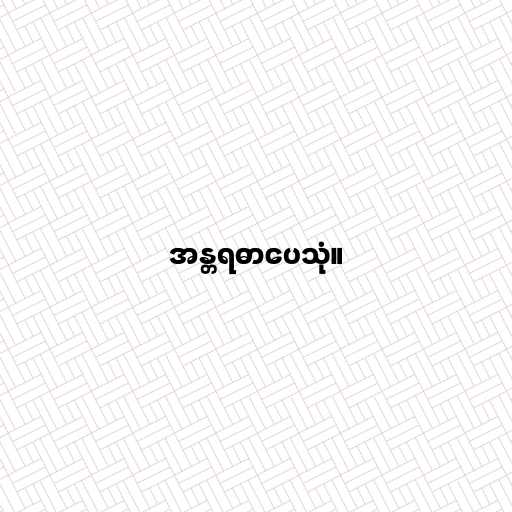
အန္တရဓာပေသုံ။